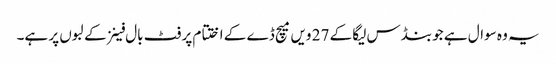
یہ وہ سوال ہے جو بنڈس لیگا کے 27 ویں میچ ڈے کے اختتام پر فٹ بال فینز کے لبوں پر ہے۔